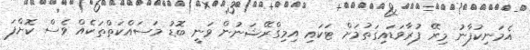
އެމަނިކުފާނު މިރޭ ފުރާވަޑައިގަތުމަށް ޓަކައި އިމިގްރޭޝަނުން ވަނީ ބޮޑު މަސައްކަތްތަކެއް ވެސް ކޮށްފަ